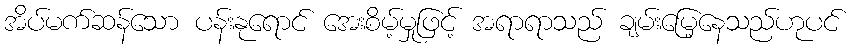
အိပ်မက်ဆန်သော ပန်းနုရောင် အေးစိမ့်မှုဖြင့် အရာရာသည် ချမ်းမြေ့နေသည်ဟုပင်